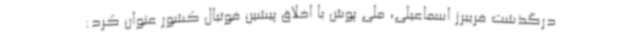
درگذشت فریبرز اسماعیلی، ملی پوش با اخلاق پیشین فوتبال کشور عنوان کرد: